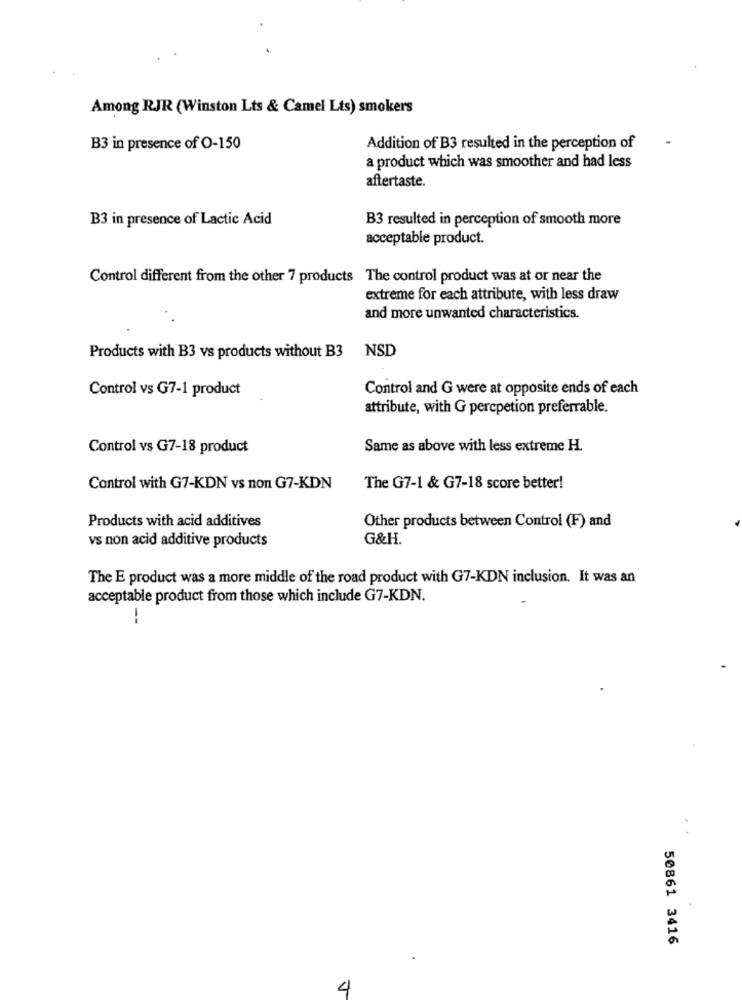
Among RJR (Winston Lts & Camel Lts) smokers
B3 in presence of O-150
Addition of B3 resulted in the perception of
a product which was smoother and had less
aftertaste.
B3 in presence of Lactic Acid
B3 resulted in perception of smooth more
acceptable product.
Control different from the other 7 products The control product was at or near the
extreme for each attribute, with less draw
and more unwanted characteristics.
NSD
Products with B3 vs products without B3
Control vs G7-1 product
Control and G were at opposite ends of each
attribute, with G percpetion preferrable.
Control vs G7-18 product
Same as above with less extreme H.
Control with G7-KDN vs non G7-KDN
The G7-1 & G7-18 score better!
Products with acid additives
Other products between Control (F) and
vs non acid additive products
G&H.
The E product was a more middle of the road product with G7-KDN inclusion. It was an
acceptable product from those which include G7-KDN.
--
50861 3416
4